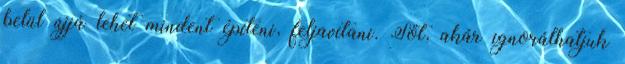
belül újjá lehet mindent építeni, feljavítani. Sőt, akár ignorálhatjuk